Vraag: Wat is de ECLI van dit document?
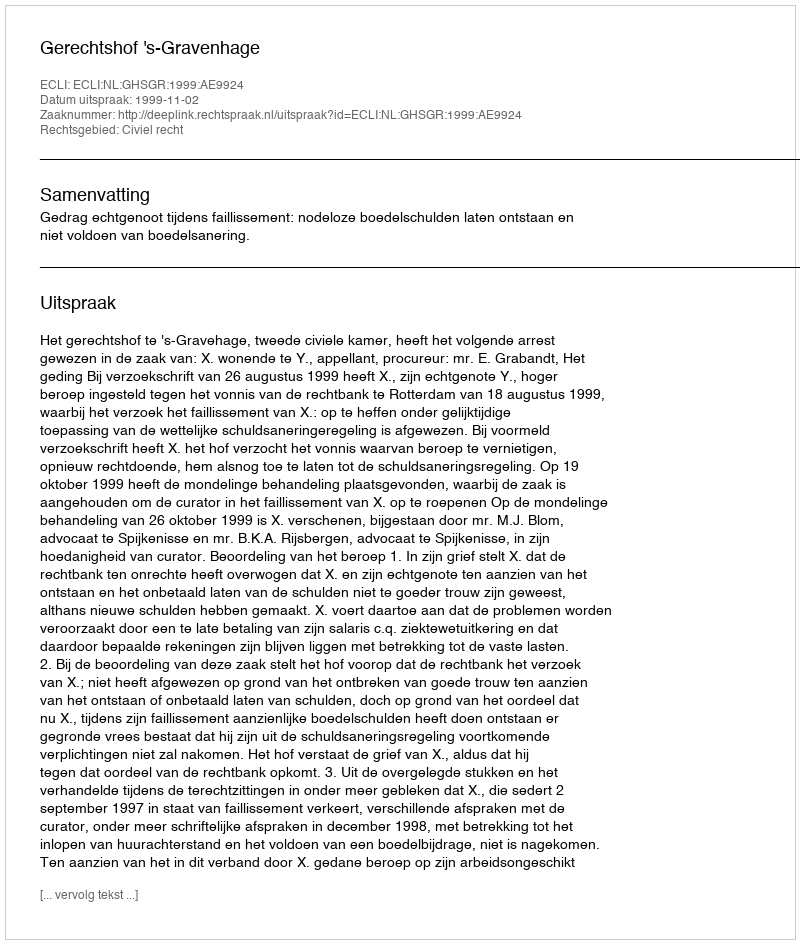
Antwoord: ECLI:NL:GHSGR:1999:AE9924